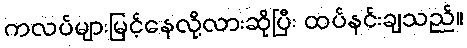
ကလပ်များမြင့်နေလို့လားဆိုပြီး ထပ်နင်းချသည်။